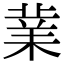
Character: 𭪙